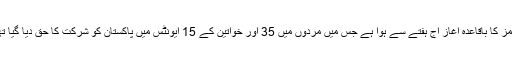
گیمز کا باقاعدہ آغاز آج ہفتے سے ہوا ہے جس میں مردوں میں 35 اور خواتین کے 15 ایونٹس میں پاکستان کو شرکت کا حق دیا گیا تھا۔